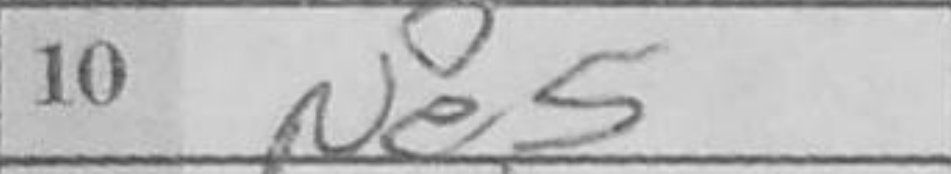
Transcription: Ne5